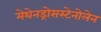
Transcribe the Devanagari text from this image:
मेथेनड्रोसस्टेनोलेन